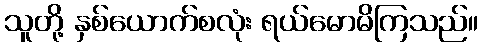
သူတို့ နှစ်ယောက်စလုံး ရယ်မောမိကြသည်။